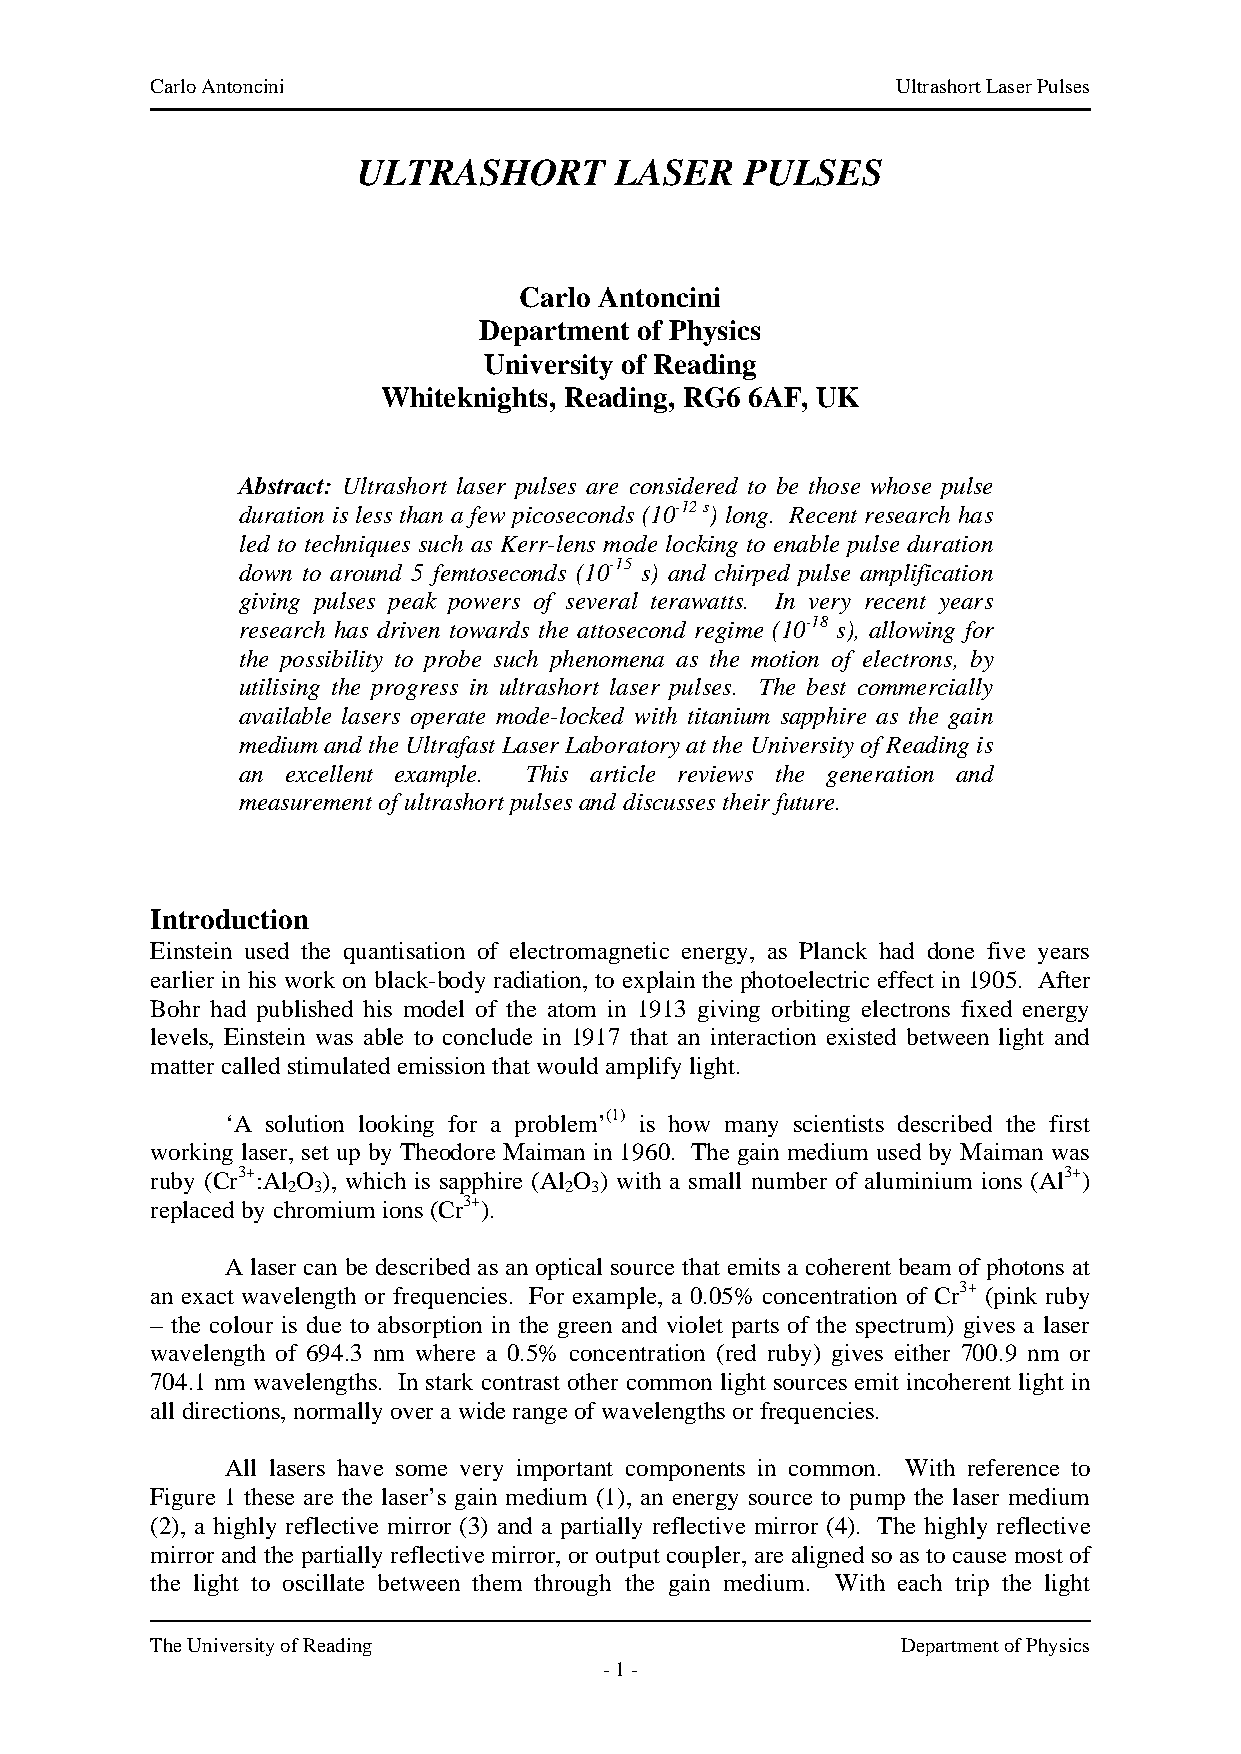
Carlo Antoncini                                  Ultrashort Laser Pulses
 ULTRASHORT       LASER   PULSES
 Carlo Antoncini
 Department of Physics
 University of Reading
 Whiteknights, Reading, RG6 6AF, UK
 Abstract: Ultrashort laser pulses are considered to be those whose pulse
 duration is less than a few picoseconds (10-12 s) long. Recent research has
 led to techniques such as Kerr-lens mode locking to enable pulse duration
 down to around 5 femtoseconds (10-15 s) and chirped pulse amplification
 giving pulses peak powers of several terawatts. In very recent years
 research has driven towards the attosecond regime (10-18 s), allowing for
 the possibility to probe such phenomena as the motion of electrons, by
 utilising the progress in ultrashort laser pulses. The best commercially
 available lasers operate mode-locked with titanium sapphire as the gain
 medium and the Ultrafast Laser Laboratory at the University of Reading is
 an excellent example. This article reviews the generation and
 measurement of ultrashort pulses and discusses their future.
 Introduction
 Einstein used the quantisation of electromagnetic energy, as Planck had done five years
 earlier in his work on black-body radiation, to explain the photoelectric effect in 1905. After
 Bohr had published his model of the atom in 1913 giving orbiting electrons fixed energy
 levels, Einstein was able to conclude in 1917 that an interaction existed between light and
 matter called stimulated emission that would amplify light.
 ‘A solution looking for a problem’(1) is how many scientists described the first
 working laser, set up by Theodore Maiman in 1960. The gain medium used by Maiman was
 ruby (Cr3+:Al O ), which is sapphire (Al O ) with a small number of aluminium ions (Al3+)
 2 3               2 3
 replaced by chromium ions (Cr3+).
 A laser can be described as an optical source that emits a coherent beam of photons at
 an exact wavelength or frequencies. For example, a 0.05% concentration of Cr3+ (pink ruby
 – the colour is due to absorption in the green and violet parts of the spectrum) gives a laser
 wavelength of 694.3 nm where a 0.5% concentration (red ruby) gives either 700.9 nm or
 704.1 nm wavelengths. In stark contrast other common light sources emit incoherent light in
 all directions, normally over a wide range of wavelengths or frequencies.
 All lasers have some very important components in common. With reference to
 Figure 1 these are the laser’s gain medium (1), an energy source to pump the laser medium
 (2), a highly reflective mirror (3) and a partially reflective mirror (4). The highly reflective
 mirror and the partially reflective mirror, or output coupler, are aligned so as to cause most of
 the light to oscillate between them through the gain medium. With each trip the light
 The University of Reading                         Department of Physics
 - 1 -